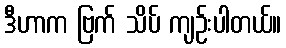
ဒီဟာက ဗြက် သိပ် ကျဉ်းပါတယ်။